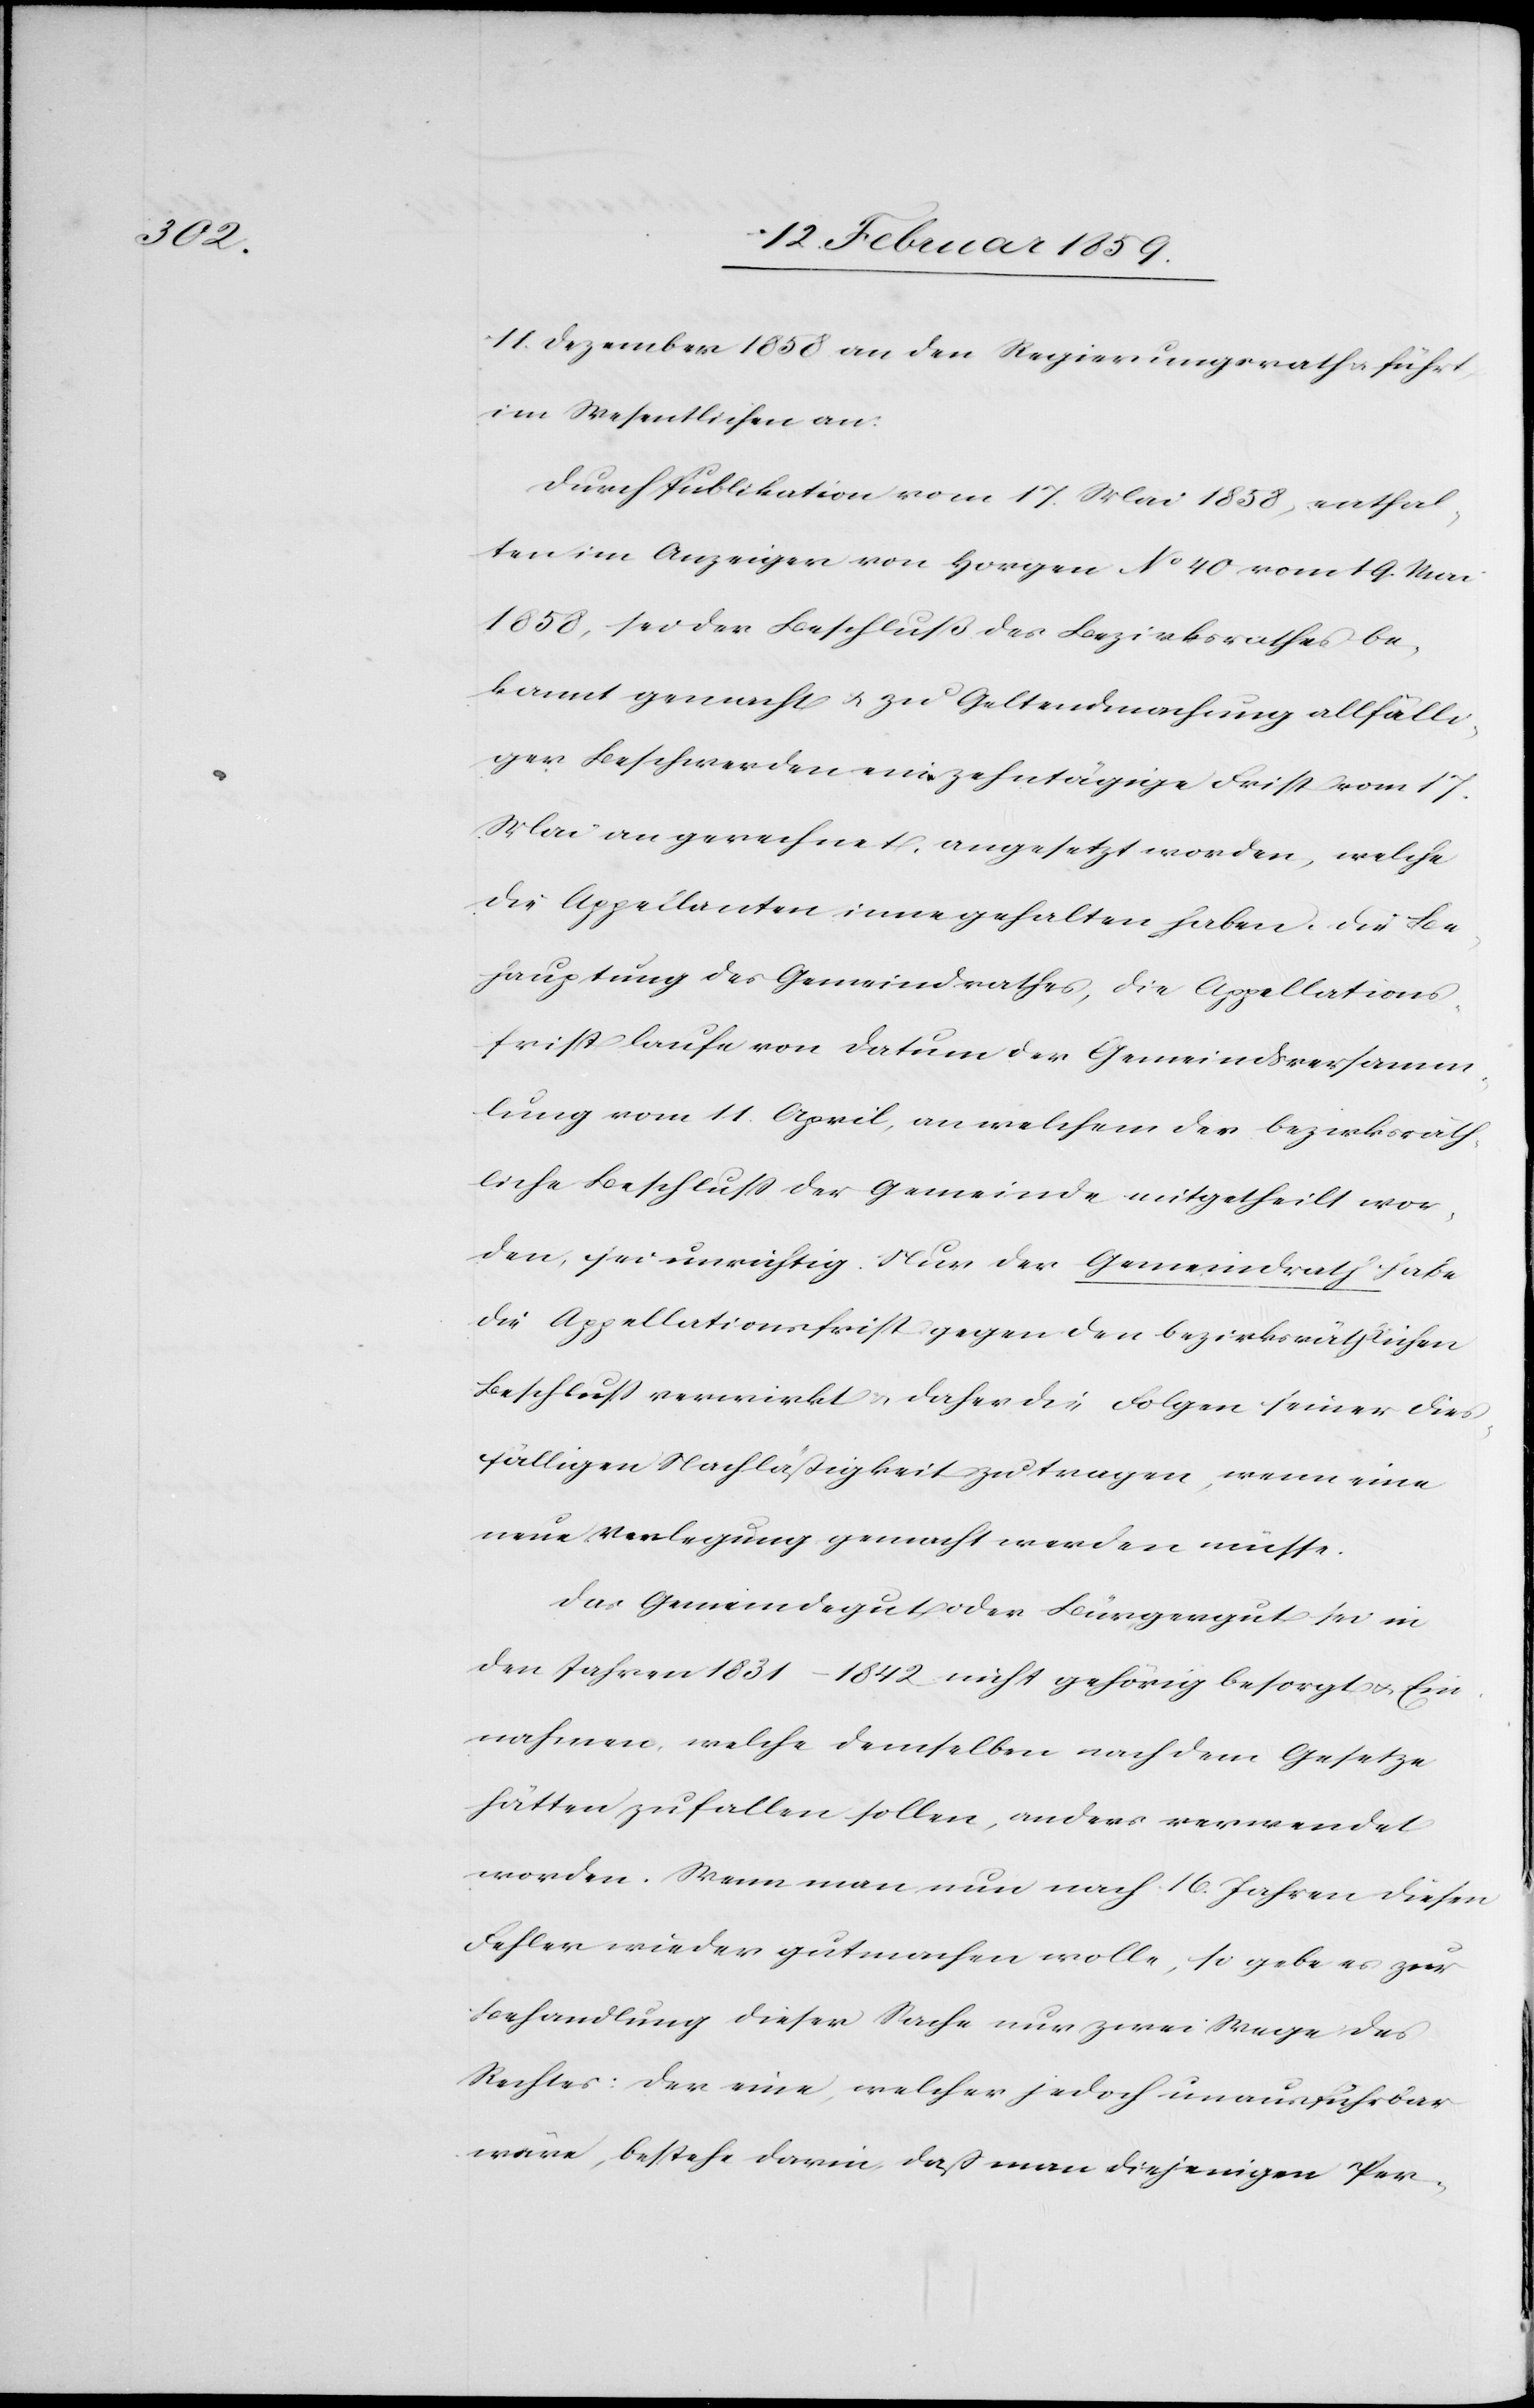
11. Dezember 1858 an den Regierungsrath u. führt
im Wesentlichen an:
Durch Publikation vom 17. Mai 1858, enthal¬
ten im Anzeiger von Horgen No. 40 vom 19. Mai
1858, sei der Beschluß des Bezirksrathes be¬
kannt gemacht u. zu Geltendmachung allfälli¬
ger Beschwerden ein–zehntägige Frist vom 17.
Mai an gerechnet, angesetzt worden, welche
die Appellanten innegehalten haben. Die Be¬
hauptung des Gemeindrathes, die Appellations¬
frist laufe von [sic!] Datum der Gemeindsversamm¬
lung vom 11. April, an welchem der bezirksräth¬
liche Beschluß der Gemeinde mitgetheilt wor¬
den, sei unrichtig. Nur der Gemeindrath habe
die Appellationsfrist gegen den bezirksräthlichen
Beschluß verwirkt u. daher die Folgen seiner dies¬
fälligen Nachläßigkeit zu tragen, wenn eine
neue Verlegung gemacht werden müsse.
Das Gemeindegut oder Bürgergut sei in
den Jahren 1831–1842 nicht gehörig besorgt u. Ein¬
nahmen, welche demselben nach dem Gesetze
hätten zufallen sollen, anders verwendet
worden. Wenn man nun nach 16 Jahren diesen
Fehler wieder gutmachen wolle, so gebe es zur
Behandlung dieser Sache nur zwei Wege des
Rechtes: der eine, welcher jedoch unausführbar
wäre, bestehe darin, daß man diejenigen Per-